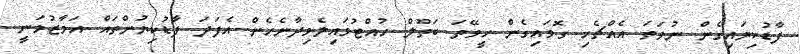
ފާޑުކިޔައިގެން ނުވަތަ އެއްޗެހި ގޮވައިގެން ހީވޭތަ ބަތޫލް ހުއްޓުވައިލެވިދާނެހެން އެފަދަ ފާޑުކިޔުންތައް އަމާޒުވަނީ